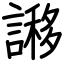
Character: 謻